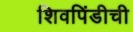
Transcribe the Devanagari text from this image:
शिवपिंडीची